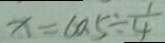
x = 6 0 . 5 \div \frac { 1 } { 4 }